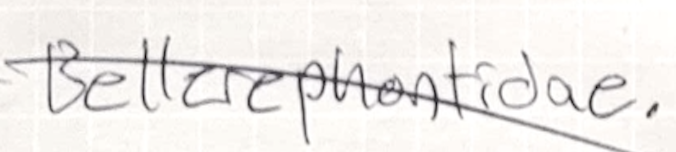
Text: Bellerophontidae.
Cross-out: diagonal
Writing tool: pencil